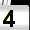
Digit: 4